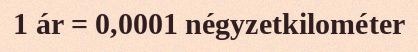
1 ár = 0,0001 négyzetkilométer